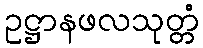
ဥဋ္ဌာနဖလသုတ္တံ